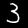
Digit: 3